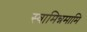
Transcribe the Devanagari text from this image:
स्वामिन्नमामि